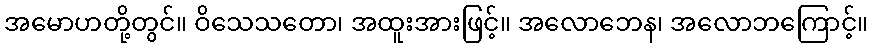
အမောဟတို့တွင်။ ဝိသေသတော၊ အထူးအားဖြင့်။ အလောဘေန၊ အလောဘကြောင့်။